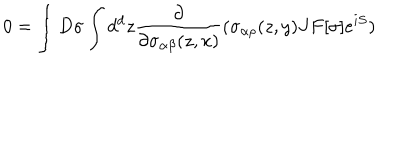
0 = \int D \sigma \int d ^ { d } z { \frac { \partial } { \partial \sigma _ { \alpha \beta } ( z , x ) } } ( \sigma _ { \alpha \rho } ( z , y ) J F [ \sigma ] e ^ { i S } )